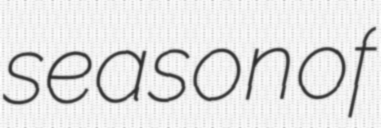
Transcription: season of